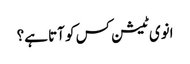
انوی ٹیشن کس کو آتا ہے؟